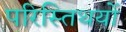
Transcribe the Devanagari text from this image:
परिस्तिथयों